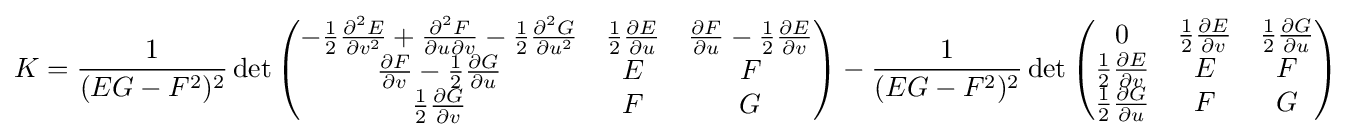
K={\frac {1}{(EG-F^{2})^{2}}}\det {\begin{pmatrix}-{1 \over 2}{\frac {\partial ^{2}E}{\partial v^{2}}}+{\frac {\partial ^{2}F}{\partial u\partial v}}-{1 \over 2}{\frac {\partial ^{2}G}{\partial u^{2}}}&{1 \over 2}{\frac {\partial E}{\partial u}}&{\frac {\partial F}{\partial u}}-{1 \over 2}{\frac {\partial E}{\partial v}}\\{\frac {\partial F}{\partial v}}-{1 \over 2}{\frac {\partial G}{\partial u}}&E&F\\{1 \over 2}{\frac {\partial G}{\partial v}}&F&G\end{pmatrix}}-{\frac {1}{(EG-F^{2})^{2}}}\det {\begin{pmatrix}0&{1 \over 2}{\frac {\partial E}{\partial v}}&{1 \over 2}{\frac {\partial G}{\partial u}}\\{1 \over 2}{\frac {\partial E}{\partial v}}&E&F\\{1 \over 2}{\frac {\partial G}{\partial u}}&F&G\end{pmatrix}}